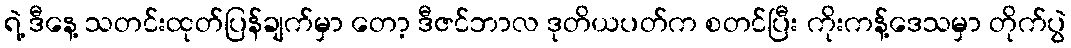
ရဲ့ ဒီနေ့ သတင်းထုတ်ပြန်ချက်မှာ တော့ ဒီဇင်ဘာလ ဒုတိယပတ်က စတင်ပြီး ကိုးကန့်ဒေသမှာ တိုက်ပွဲ